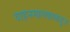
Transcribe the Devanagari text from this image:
वाहनमालकाकडून